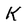
Character: K